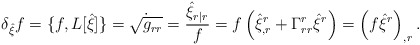
\begin{align*}\delta_{\hat\xi}f=\{f,L[\hat\xi]\}=\dot{\sqrt{g_{rr}}}=\frac{\hat\xi_{r|r}}{f}=f\left(\hat\xi^r_{,r}+\Gamma^r_{rr}\hat\xi^r \right)=\left( f\hat\xi^r\right)_{,r}.\end{align*}